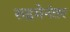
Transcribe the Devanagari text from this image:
रुद्रमेनंतर